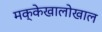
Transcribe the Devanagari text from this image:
मक्केखालोखाल